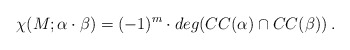
\begin{align*}\chi(M;\alpha\cdot \beta) = (-1)^m\cdot deg( CC(\alpha)\cap CC(\beta))\:.\end{align*}